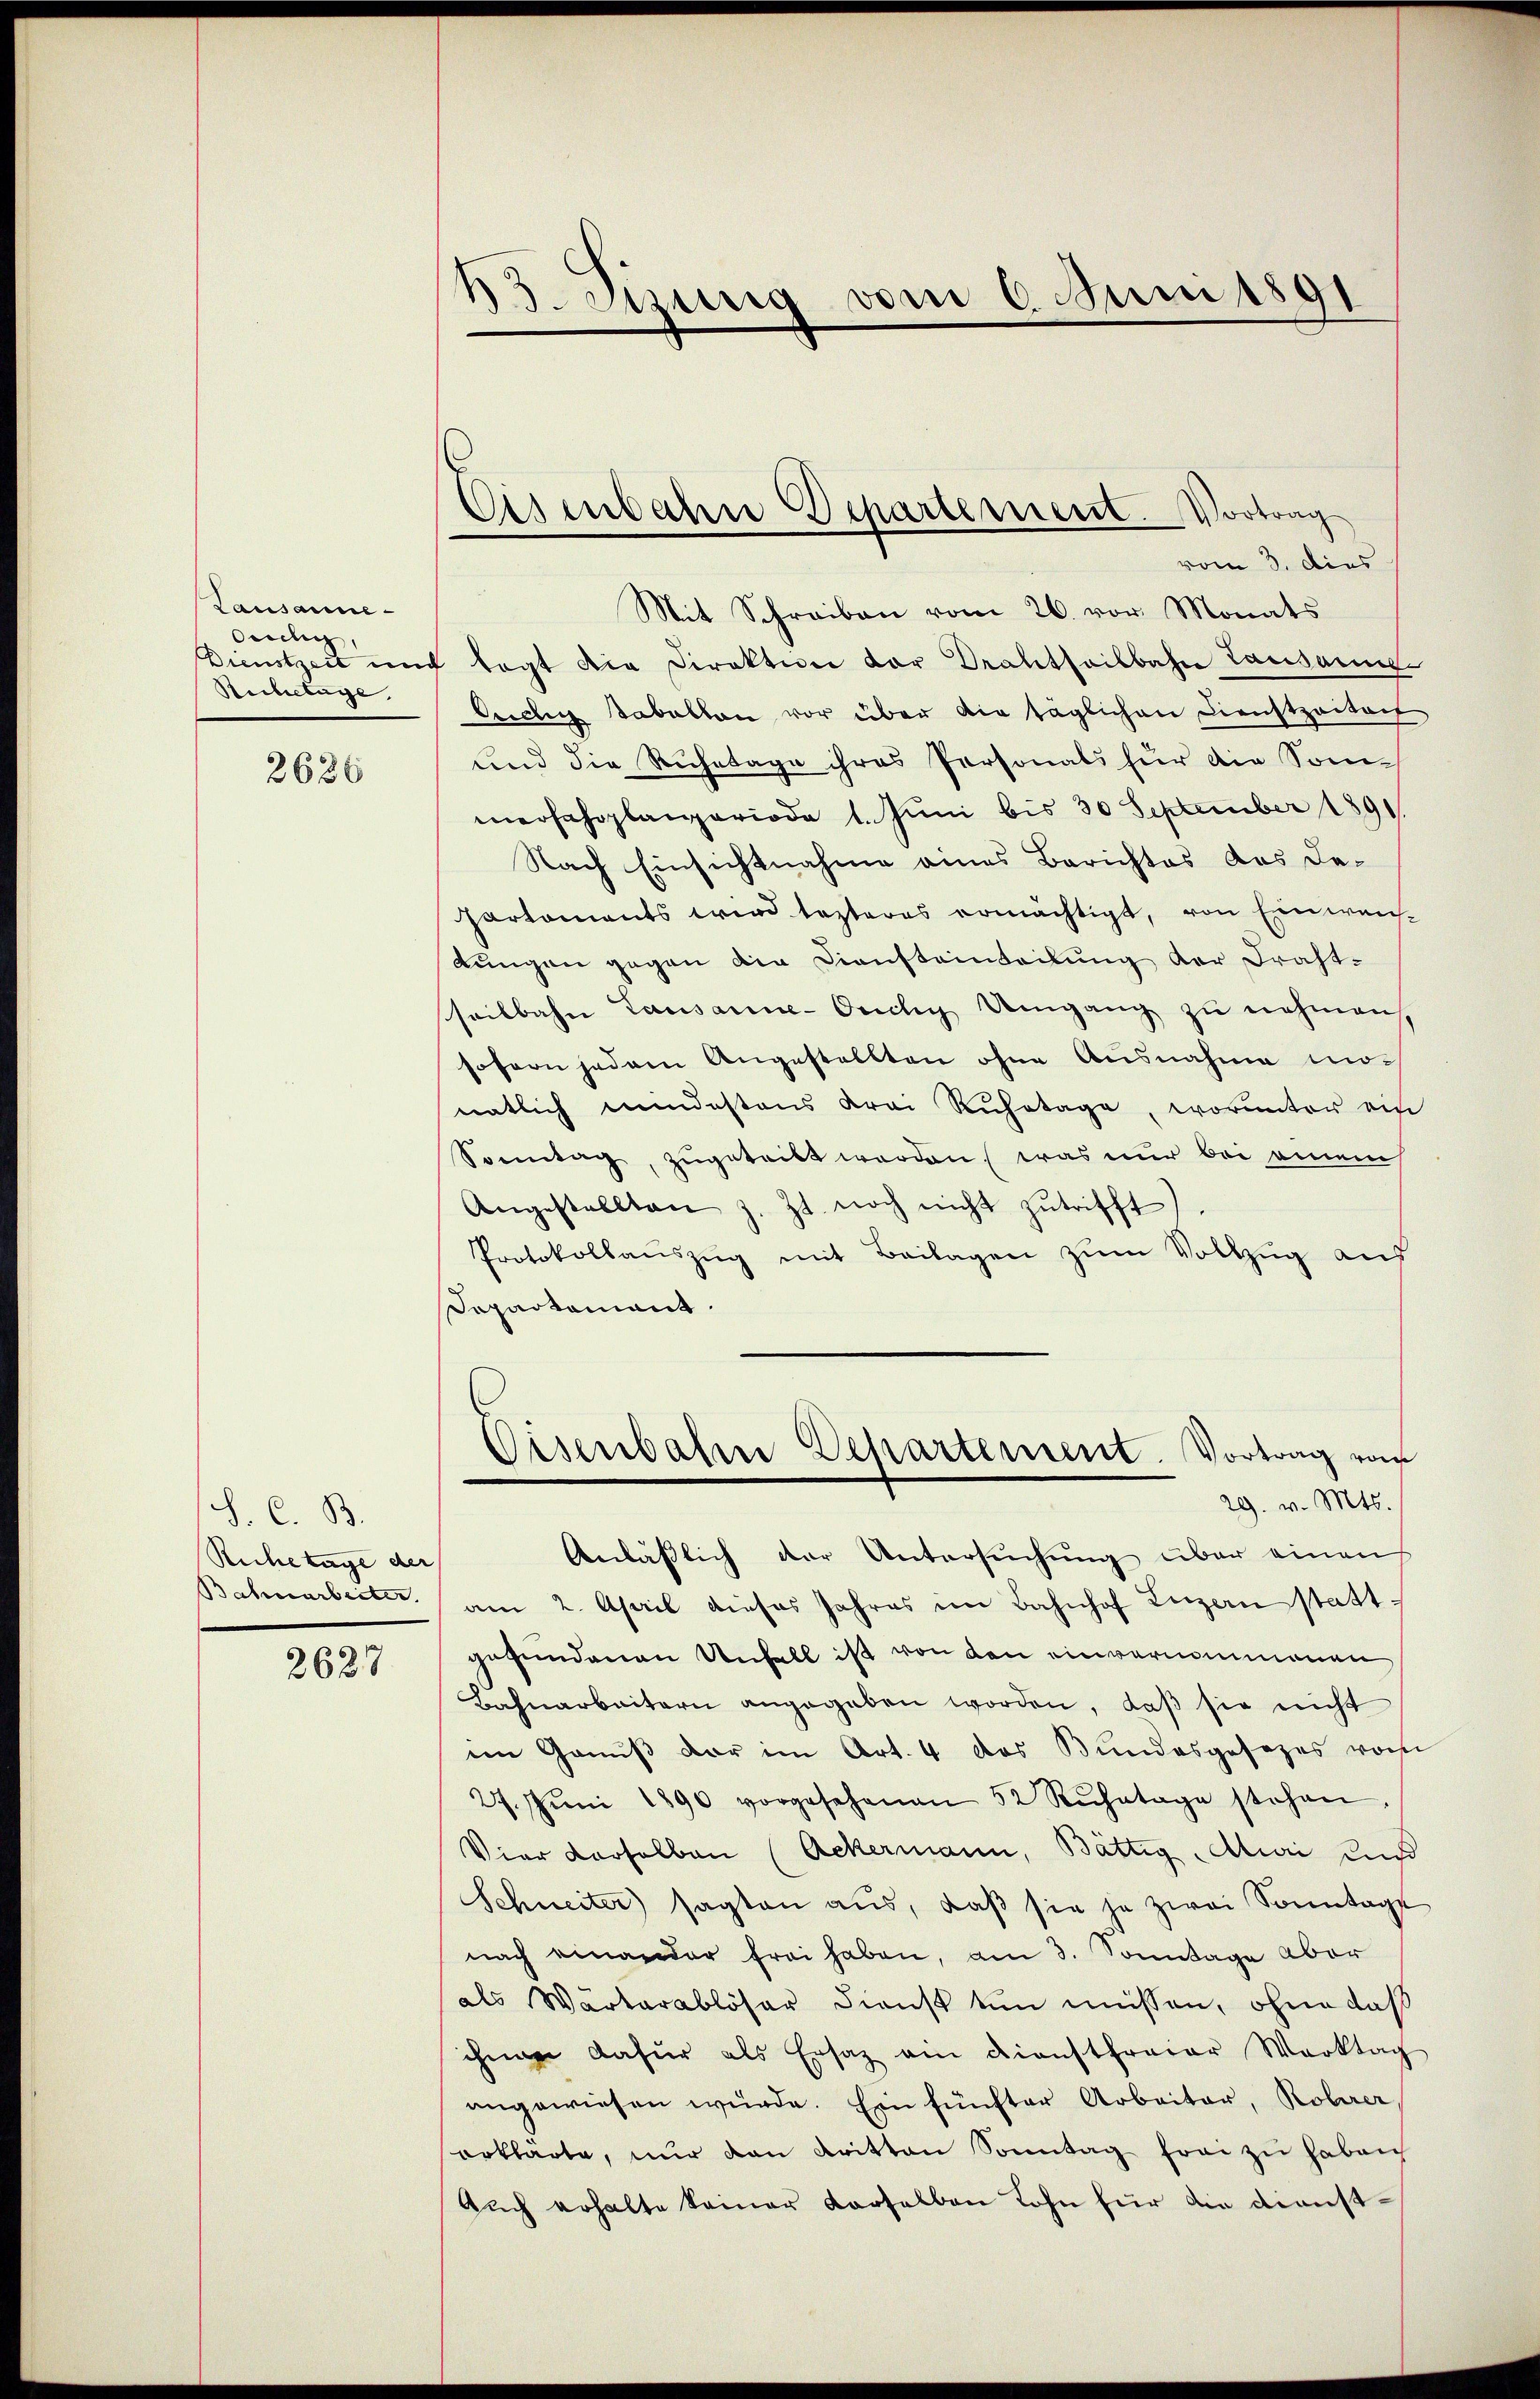
Lausanne
Oecligg,
Dienstzeit und
Reibetage.

2686

S. C. B.
Ruchetage der
Bahnarbeiter

2627

13. Sizung vom 6. Juni 1891

Eisenbahre Departement. Vortrag
vom 3. dies

Mit Schreiben vom 26. vor. Monats
lagt die Direktion der Drahtheilbahn Lausanne
Orchen Tabellon vor über die täglichen Dienstpaitair
und die Ruhetage ihres Personals für die Sommerfahrplaneriode 1. Juni bis 30 September 1891
Nach Einsichtnahme eines Berichtes das De¬
Partements wird lezteres ermächtigt, von Einweilungen gegen die Diensteinteilung der Draht-
seilbahn Lausanne-Ouchy Umgang zŭ nehmen,
sofern jedem Angestellten ohne Ausnahme monatlich neidestens drei Ruhetage, worunter ein
Sonntag, zugeteilt werden, was nur bei einem
Angestellten z. Zt. noch nicht zŭtrifft)
Protokollauszug mit Beilagen zum Vollzug aus
Separtament.
Eisenbahn Departement. Vortrag vom
29. v. Mts.
Anläßlich der Untersuchung über einen
am 2. April dieses Jahres im Bahnhof Luzern statt
gefundenen Unfall ist von den einvernommenen
Bahnarbeitern angegeben worden, daβ sie nicht
im Genuß der im Art. 4 das Bundesgesezes vom
27. Jŭni 1890 vorgesehenen 52 Rŭhetage stehen.
Vier derselben (Ackermann, Bättig Auri uns
Schneiter sagten aŭs, daβ sie je zwei Sonntage
nach einander frei haben, am 3. Sonntage aber
als Wärterablöser dienst tun müssen, ohne daß
chnee dafür als Ersatz ein Dienstfreier Werktag
angewiesen würde. Ein fünfter Arbeiter, Rohrer
erklärte, nŭr den Kritten Sonntag frei zu haben
Auch erhalte keiner Karselben Lohn für die Dienst¬